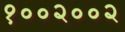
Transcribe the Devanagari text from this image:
१००२००२